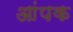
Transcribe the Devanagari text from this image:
आंपक